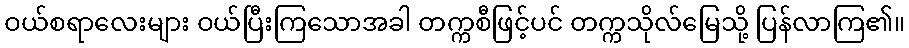
ဝယ်စရာလေးများ ဝယ်ပြီးကြသောအခါ တက္ကစီဖြင့်ပင် တက္ကသိုလ်မြေသို့ ပြန်လာကြ၏။